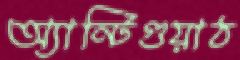
অ্যান্টিগুয়াঠ